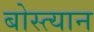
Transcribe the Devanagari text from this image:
बोस्त्यान